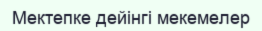
Мектепке дейінгі мекемелер